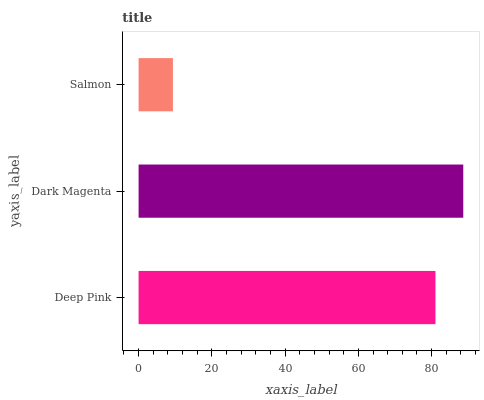
| yaxis_label | bars |
 | --- | --- |
 | Deep Pink | 81 |
 | Dark Magenta | 88.6 |
 | Salmon | 9.37 |